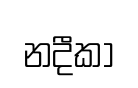
නදීකා